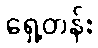
ရှေ့တန်း